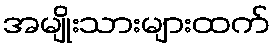
အမျိုးသားများထက်